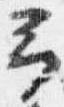
予